Annual administration report of the Bombay Presidency - 1887-1892
Year: 1887
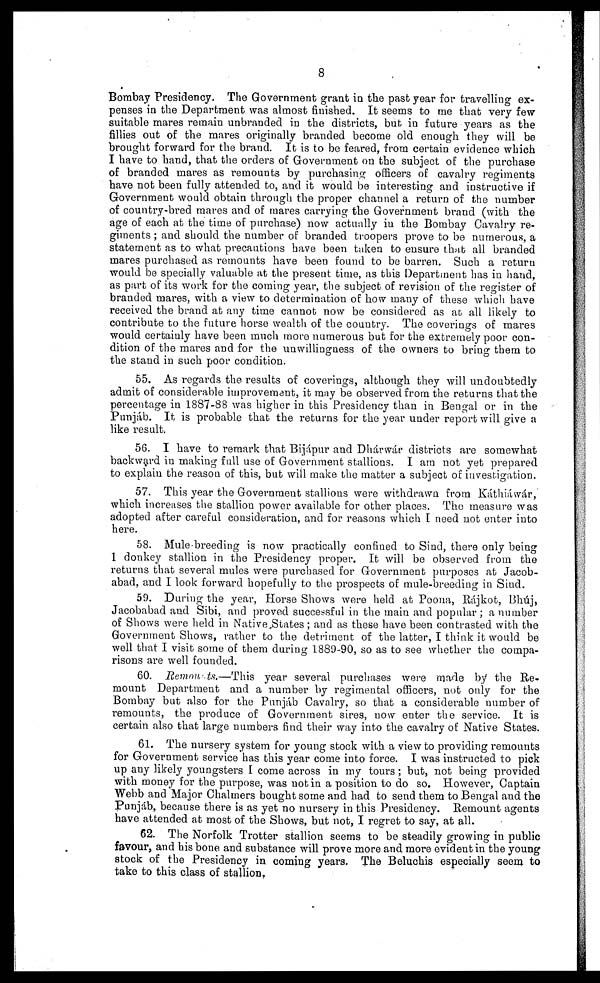
8
Bombay Presidency. The Government grant in the past year for travelling ex-
penses in the Department was almost finished. It seems to me that very few
suitable mares remain unbranded in the districts, but in future years as the
fillies out of the mares originally branded become old enough they will be
brought forward for the brand. It is to be feared, from certain evidence which
I have to hand, that the orders of Government on the subject of the purchase
of branded mares as remounts by purchasing officers of cavalry regiments
have not been fully attended to, and it would be interesting and instructive if
Government would obtain through the proper channel a return of the number
of country-bred mares and of mares carrying the Government brand (with the
age of each at the time of purchase) now actually in the Bombay Cavalry re-
giments ; and should the number of branded troopers prove to be numerous, a
statement as to what precautions have been taken to ensure that all branded
mares purchased as remounts have been found to be barren. Such a return
would be specially valuable at the present time, as this Department has in hand,
as part of its work for the coming year, the subject of revision of the register of
branded mares, with a view to determination of how many of these which have
received the brand at any time cannot now be considered as at all likely to
contribute to the future horse wealth of the country. The coverings of mares
would certainly have been much more numerous but for the extremely poor con-
dition of the mares and for the unwillingness of the owners to bring them to
the stand in such poor condition.
55. As regards the results of coverings, although they will undoubtedly
admit of considerable improvement, it may be observed from the returns that the
percentage in 1887-88 was higher in this Presidency than in Bengal or in the
Punjáb. It is probable that the returns for the year under report will give a
like result.
56. I have to remark that Bijápur and Dhárwár districts are somewhat
backward in making full use of Government stallions. I am not yet prepared
to explain the reason of this, but will make the matter a subject of investigation.
57. This year the Government stallions were withdrawn from Káthiáwár,
which increases the stallion power available for other places. The measure was
adopted after careful consideration, and for reasons which I need not enter into
here.
58. Mule breeding is now practically confined to Sind, there only being
1 donkey stallion in the Presidency proper. It will be observed from the
returns that several mules were purchased for Government purposes at Jacob-
abad, and I look forward hopefully to the prospects of mule-breeding in Sind.
59. During the year, Horse Shows were held at Poona, Rájkot, Bhúj,
Jacobabad and Sibi, and proved successful in the main and popular; a number
of Shows were held in Native States; and as these have been contrasted with the
Government Shows, rather to the detriment of the latter, I think it would be
well that I visit some of them during 1889-90, so as to see whether the compa-
risons are well founded.
60. Remounts.—This year several purchases were made by the Re-
mount Department and a number by regimental officers, not only for the
Bombay but also for the Punjab Cavalry, so that a considerable number of
remounts, the produce of Government sires, now enter the service. It is
certain also that large numbers find their way into the cavalry of Native States.
61. The nursery system for young stock with a view to providing remounts
for Government service has this year come into force. I was instructed to pick
up any likely youngsters I come across in my tours; but, not being provided
with money for the purpose, was not in a position to do so. However, Captain
Webb and Major Chalmers bought some and had to send them to Bengal and the
Punjáb, because there is as yet no nursery in this Presidency. Remount agents
have attended at most of the Shows, but not, I regret to say, at all.
62. The Norfolk Trotter stallion seems to be steadily growing in public
favour, and his bone and substance will prove more and more evident in the young
stock of the Presidency in coming years. The Beluchis especially seem to
take to this class of stallion,